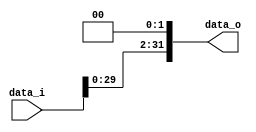
//Subject:      CO project 2 - Shift_Left_Two_32
//--------------------------------------------------------------------------------
//Version:     1
//--------------------------------------------------------------------------------
//--------------------------------------------------------------------------------
//Writer:      109550182
//----------------------------------------------
//----------------------------------------------
//Description: 
//--------------------------------------------------------------------------------
`timescale 1ns/1ps
module Shift_Left_Two_32(data_i, data_o);

//I/O ports                    
input [32-1:0] data_i;
output [32-1:0] data_o;

//Internal signals
wire [32-1:0] data_o;

//shift left 2
assign data_o = {data_i[29:0], 2'b00};

endmodule